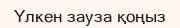
Үлкен зауза қоңыз